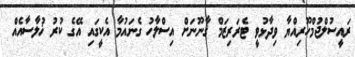
ރައީސުލްޖުމްހޫރިއްޔާ ވިދާޅުވީ ޓެރަރިޒަމް ޤާނޫނަށް އިސްލާހު ގެނައުމާ އެކީގައި އޭގެ ކުރު ޚުލާސާއެއް